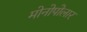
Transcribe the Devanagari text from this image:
मोनोपोलार